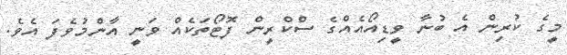
މީގެ ކުރިން އެ ބުނާ ވީޑިއޯއެއްގެ ސްކްރީން ފޮޓޯތަކެއް ވަނީ އާންމުވެފަ އެވެ.